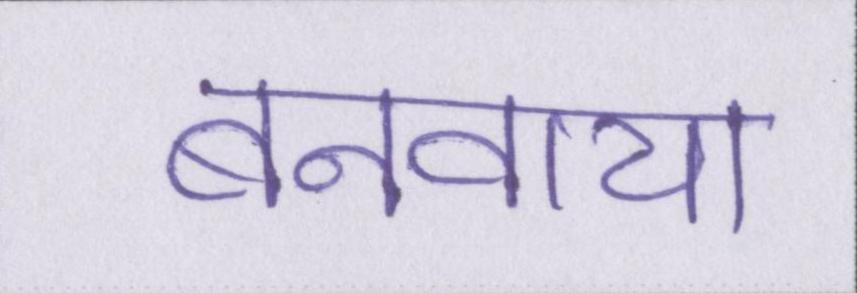
बनवाया